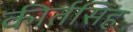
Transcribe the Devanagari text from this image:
कीर्तसिंह